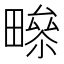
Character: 𤳑